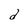
Character: d